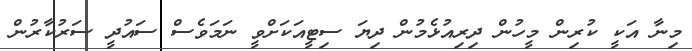
މިނާ އަކީ ކުރިން މީހުން ދިރިއުޅެމުން ދިޔަ ސިޓީއަކަށްވީ ނަމަވެސް ސައުދީ ސަރުކާރުން